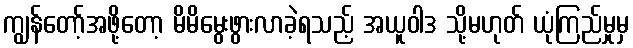
ကျွန်တော့်အဖို့တော့ မိမိမွေးဖွားလာခဲ့ရသည့် အယူဝါဒ သို့မဟုတ် ယုံကြည်မှုမှ